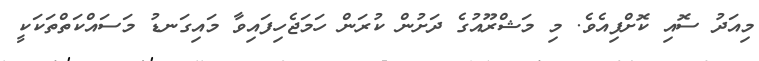
މިއަދު ސޮއި ކޮށްފިއެވެ. މި މަޝްރޫއުގެ ދަށުން ކުރަން ހަމަޖެހިފައިވާ މައިގަނޑު މަސައްކަތްތަކަކީ